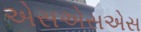
એસએસએસ